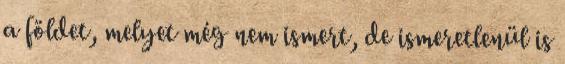
a földet, melyet még nem ismert, de ismeretlenül is